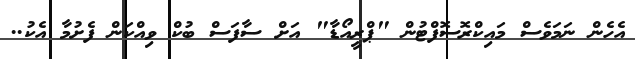
އެހެން ނަމަވެސް މައިކްރޮސޮފްޓުން "ޕްރީއޯޑާ" އަށް ސާފަސް ބުކް ވިއްކަން ފެށުމާ އެކު..